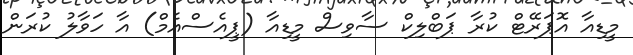
މީޑިއާ އޮޕަރޭޓް ކުރާ ޕަބްލިކް ސާވިސް މީޑިއާ (ޕީއެސްއެމް) އާ ހަވާލު ކުރަން